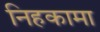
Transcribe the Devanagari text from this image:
निहकामा